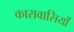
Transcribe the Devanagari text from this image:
कारावासियों